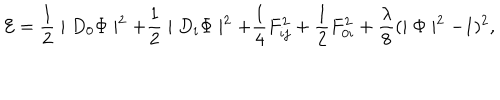
{ \cal E } = \frac { 1 } { 2 } \mid D _ { 0 } \Phi \mid ^ { 2 } + \frac { 1 } { 2 } \mid D _ { i } \Phi \mid ^ { 2 } + \frac { 1 } { 4 } F _ { i j } ^ { 2 } + \frac { 1 } { 2 } F _ { 0 i } ^ { 2 } + \frac { \lambda } { 8 } ( \mid \Phi \mid ^ { 2 } - 1 ) ^ { 2 } ,